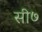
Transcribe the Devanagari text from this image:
सी७